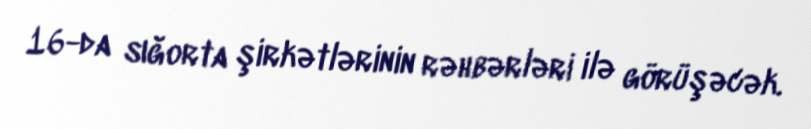
16-da sığorta şirkətlərinin rəhbərləri ilə görüşəcək.